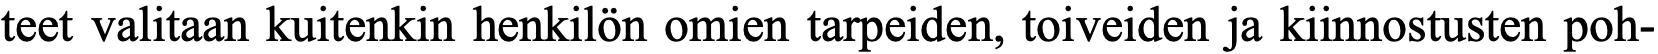
teet valitaan kuitenkin henkilön omien tarpeiden, toiveiden ja kiinnostusten poh-